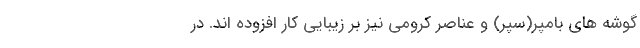
گوشه های بامپر(سپر) و عناصر کرومی نیز بر زیبایی کار افزوده اند. در